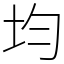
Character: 均